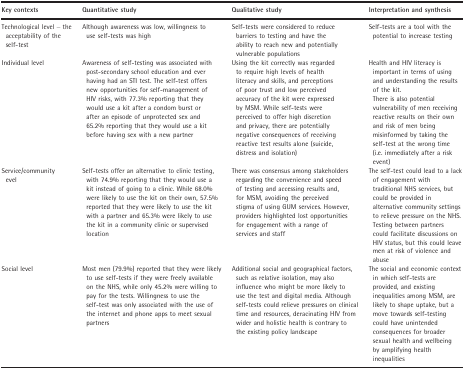
<table><thead><tr><td><b>Key contexts</b></td><td><b>Quantitative study</b></td><td><b>Qualitative study</b></td><td><b>Interpretation and synthesis</b></td></tr></thead><tbody><tr><td>Technological level – the acceptability of the self‐test</td><td>Although awareness was low, willingness to use self‐tests was high</td><td>Self‐tests were considered to reduce barriers to testing and have the ability to reach new and potentially vulnerable populations</td><td>Self‐tests are a tool with the potential to increase testing</td></tr><tr><td>Individual level</td><td>Awareness of self‐testing was associated with post‐secondary school education and ever having had an STI test. The self‐test offers new opportunities for self‐management of HIV risks, with 77.3% reporting that they would use a kit after a condom burst or after an episode of unprotected sex and 65.2% reporting that they would use a kit before having sex with a new partner</td><td>Using the kit correctly was regarded to require high levels of health literacy and skills, and perceptions of poor trust and low perceived accuracy of the kit were expressed by MSM. While self‐tests were perceived to offer high discretion and privacy, there are potentially negative consequences of receiving reactive test results alone (suicide, distress and isolation)</td><td>Health and HIV literacy is important in terms of using and understanding the results of the kit.There is also potential vulnerability of men receiving reactive results on their own and risk of men being misinformed by taking the self‐test at the wrong time (i.e. immediately after a risk event)</td></tr><tr><td>Service/community evel</td><td>Self‐tests offer an alternative to clinic testing, with 74.9% reporting that they would use a kit instead of going to a clinic. While 68.0% were likely to use the kit on their own, 57.5% reported that they were likely to use the kit with a partner and 65.3% were likely to use the kit in a community clinic or supervised location</td><td>There was consensus among stakeholders regarding the convenience and speed of testing and accessing results and, for MSM, avoiding the perceived stigma of using GUM services. However, providers highlighted lost opportunities for engagement with a range of services and staff</td><td>The self‐test could lead to a lack of engagement with traditional NHS services, but could be provided in alternative community settings to relieve pressure on the NHS. Testing between partners could facilitate discussions on HIV status, but this could leave men at risk of violence and abuse</td></tr><tr><td>Social level</td><td>Most men (79.9%) reported that they were likely to use self‐tests if they were freely available on the NHS, while only 45.2% were willing to pay for the tests. Willingness to use the self‐test was only associated with the use of the internet and phone apps to meet sexual partners</td><td>Additional social and geographical factors, such as relative isolation, may also influence who might be more likely to use the test and digital media. Although self‐tests could relieve pressures on clinical time and resources, deracinating HIV from wider and holistic health is contrary to the existing policy landscape</td><td>The social and economic context in which self‐tests are provided, and existing inequalities among MSM, are likely to shape uptake, but a move towards self‐testing could have unintended consequences for broader sexual health and wellbeing by amplifying health inequalities</td></tr></tbody></table>